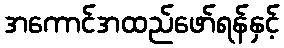
အကောင်အထည်ဖော်ရန်နှင့်